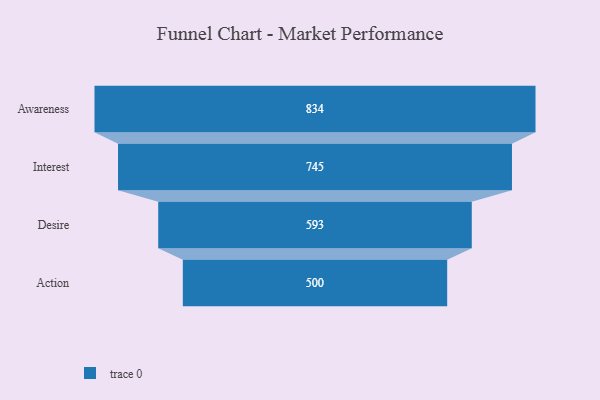
{"axis": {"x": "Stage", "y": "Value"}, "legend": [""], "data": [{"x": "Awareness", "y": 834.0, "type": ""}, {"x": "Interest", "y": 745.0, "type": ""}, {"x": "Desire", "y": 593.0, "type": ""}, {"x": "Action", "y": 500, "type": ""}]}